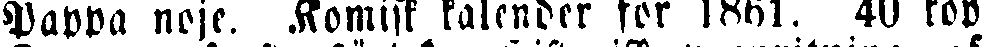
Pappa nöje. Komiss kalender för 1861. 40 kop.